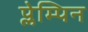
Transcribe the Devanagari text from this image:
प्लेम्पिन